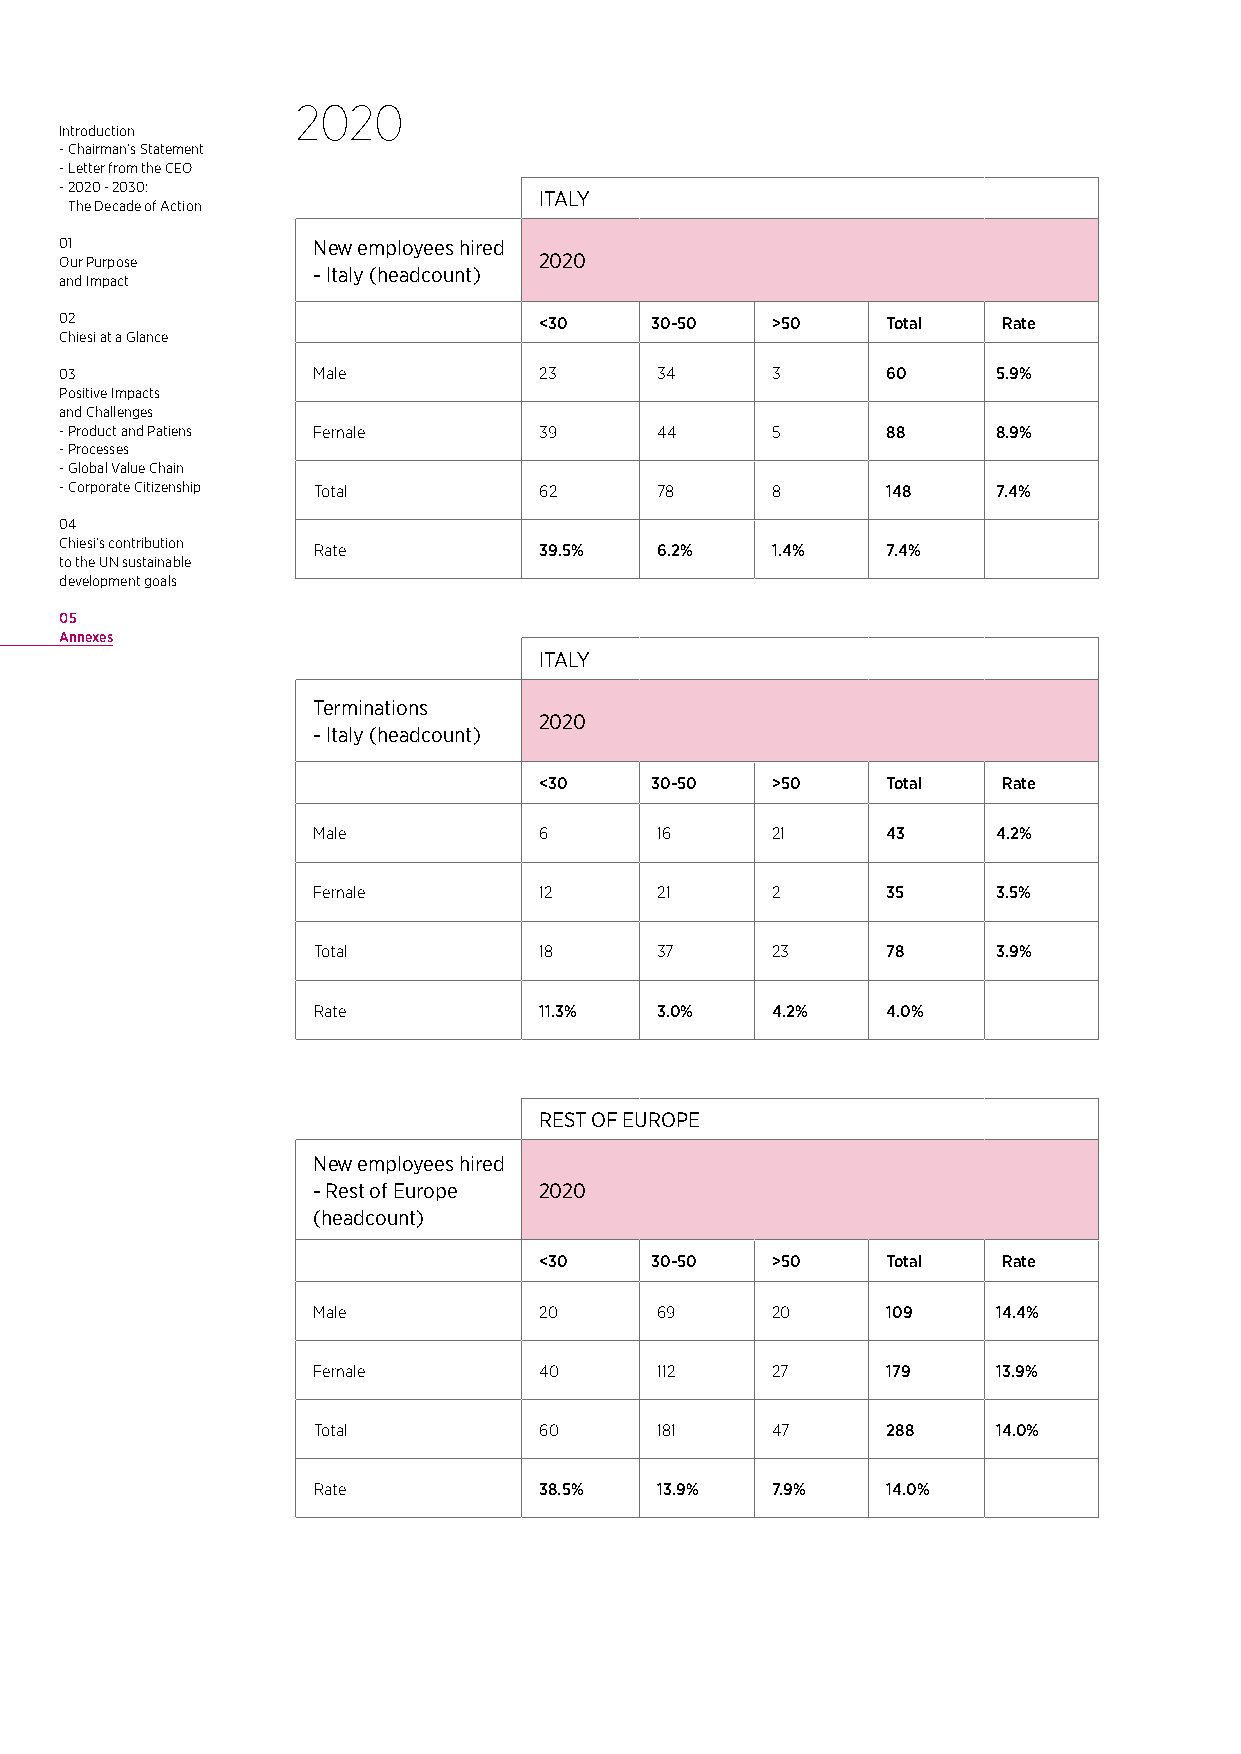
2020
 Introduction
 - Chairman’s Statement
 - Letter from the CEO
 - 2020 - 2030:
 ITALY
 The Decade of Action
 01               New employees hired
 Our Purpose                     2020
 - Italy (headcount)
 and Impact
 02                              <30    30-50   >50     Total  Rate
 Chiesi at a Glance
 03               Male           23     34      3       60     5.9%
 Positive Impacts
 and Challenges
 - Product and Patiens Female    39     44      5       88     8.9%
 - Processes
 - Global Value Chain
 - Corporate Citizenship Total   62     78      8       148    7.4%
 04
 Chiesi’s contribution Rate      39.5%  6.2%    1.4%    7.4%
 to the UN sustainable
 development goals
 05
 Annexes
 ITALY
 Terminations
 2020
 - Italy (headcount)
 <30    30-50   >50     Total  Rate
 Male           6      16      21      43     4.2%
 Female         12     21      2       35     3.5%
 Total          18     37      23      78     3.9%
 Rate           11.3%  3.0%    4.2%    4.0%
 REST OF EUROPE
 New employees hired
 - Rest of Europe 2020
 (headcount)
 <30    30-50   >50     Total  Rate
 Male           20     69      20      109    14.4%
 Female         40     112     27      179    13.9%
 Total          60     181     47      288    14.0%
 Rate           38.5%  13.9%   7.9%    14.0%